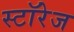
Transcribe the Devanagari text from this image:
स्टॉरेज